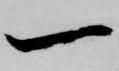
一